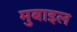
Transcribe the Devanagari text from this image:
मुबाइल